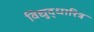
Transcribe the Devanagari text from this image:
विद्युद्धारित्र